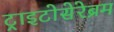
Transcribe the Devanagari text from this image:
ट्राइटोसेरेब्रम